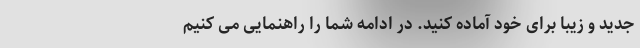
جدید و زیبا برای خود آماده کنید. در ادامه شما را راهنمایی می کنیم